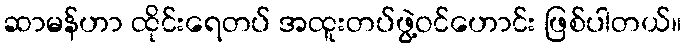
ဆာမန်ဟာ ထိုင်းရေတပ် အထူးတပ်ဖွဲ့ဝင်ဟောင်း ဖြစ်ပါတယ်။